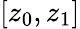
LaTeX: [z_{0},z_{1}]